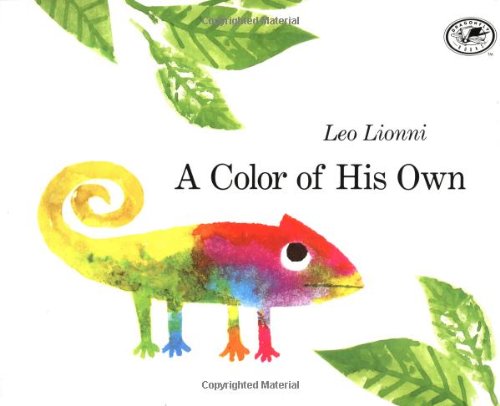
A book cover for A Color of His Own; Leo Lionni; Children's Books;